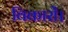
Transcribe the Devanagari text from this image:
विकारों।